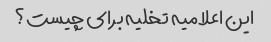
این اعلامیه تخلیه برای چیست؟